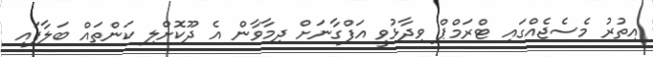
އިތުރު މެސެޖެއްގައި ޓްރަމްޕް ވިދާޅުވީ އަފްގާނަށް ދިމާވާން އެ ދޫކޮށްލި ކަންތައް ބަލާފައި